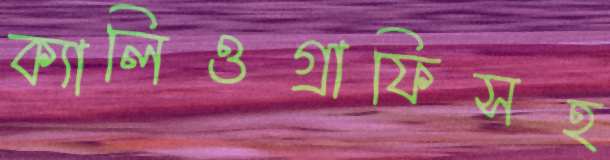
ক্যালিওগ্রাফিসহ